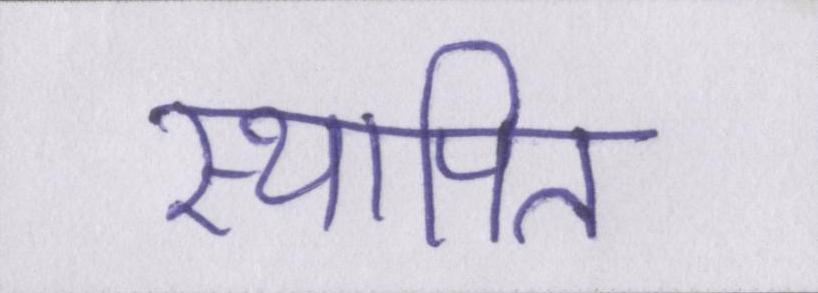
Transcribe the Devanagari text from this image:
स्थापित